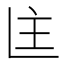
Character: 𬻻